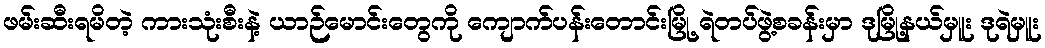
ဖမ်းဆီးရမိတဲ့ ကားသုံးစီးနဲ့ ယာဉ်မောင်းတွေကို ကျောက်ပန်းတောင်းမြို့ ရဲတပ်ဖွဲ့စခန်းမှာ ဒုမြို့နယ်မှူး ဒုရဲမှူး